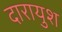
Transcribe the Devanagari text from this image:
दारायुश